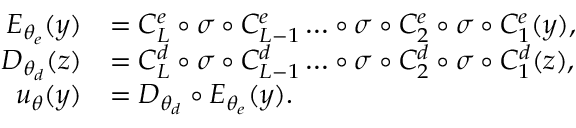
\begin{array} { r l } { E _ { \theta _ { e } } ( y ) } & { = C _ { L } ^ { e } \circ \sigma \circ C _ { L - 1 } ^ { e } \ldots \circ \sigma \circ C _ { 2 } ^ { e } \circ \sigma \circ C _ { 1 } ^ { e } ( y ) , } \\ { D _ { \theta _ { d } } ( z ) } & { = C _ { L } ^ { d } \circ \sigma \circ C _ { L - 1 } ^ { d } \ldots \circ \sigma \circ C _ { 2 } ^ { d } \circ \sigma \circ C _ { 1 } ^ { d } ( z ) , } \\ { u _ { \theta } ( y ) } & { = D _ { \theta _ { d } } \circ E _ { \theta _ { e } } ( y ) . } \end{array}